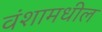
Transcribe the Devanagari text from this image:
वंशामधील